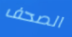
الصحف